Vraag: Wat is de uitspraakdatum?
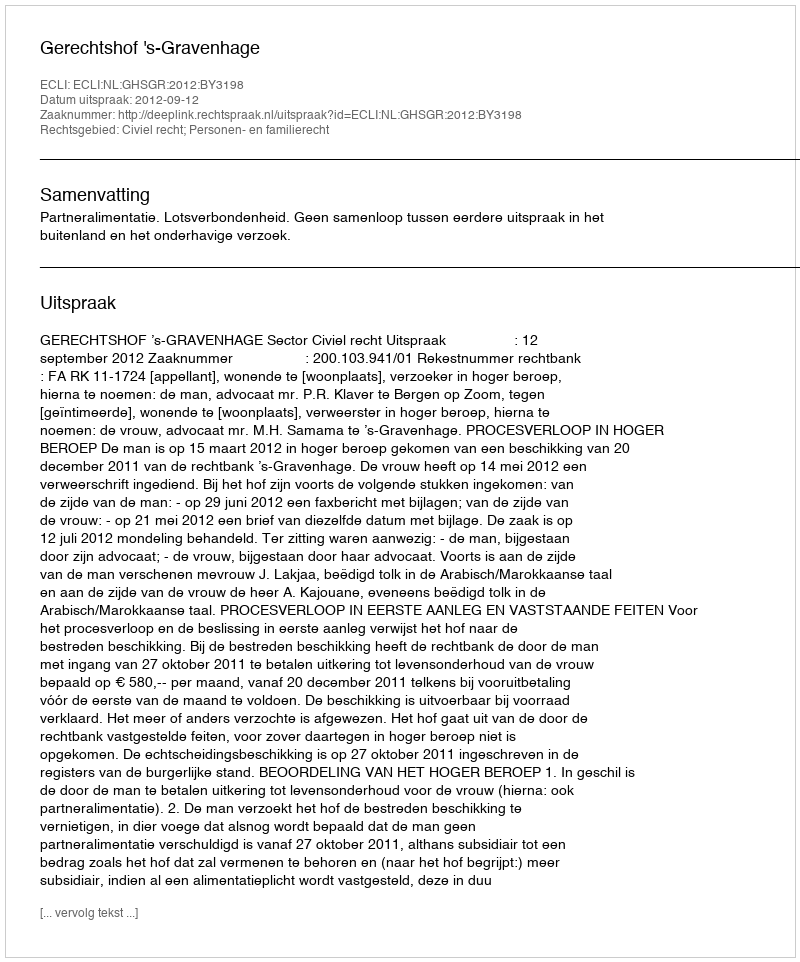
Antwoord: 2012-09-12